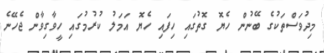
މިދުވަސްތަކުގެ ބޭނުން ހެޔޮ ގޮތުގައި ހިފައި ހެޔޮ އަމަލު ކުރުމުގައި ހީވާގިވާން ޖެހޭނެ